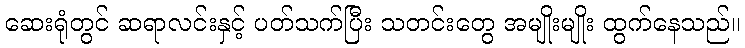
ဆေးရုံတွင် ဆရာလင်းနှင့် ပတ်သက်ပြီး သတင်းတွေ အမျိုးမျိုး ထွက်နေသည်။